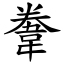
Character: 韏